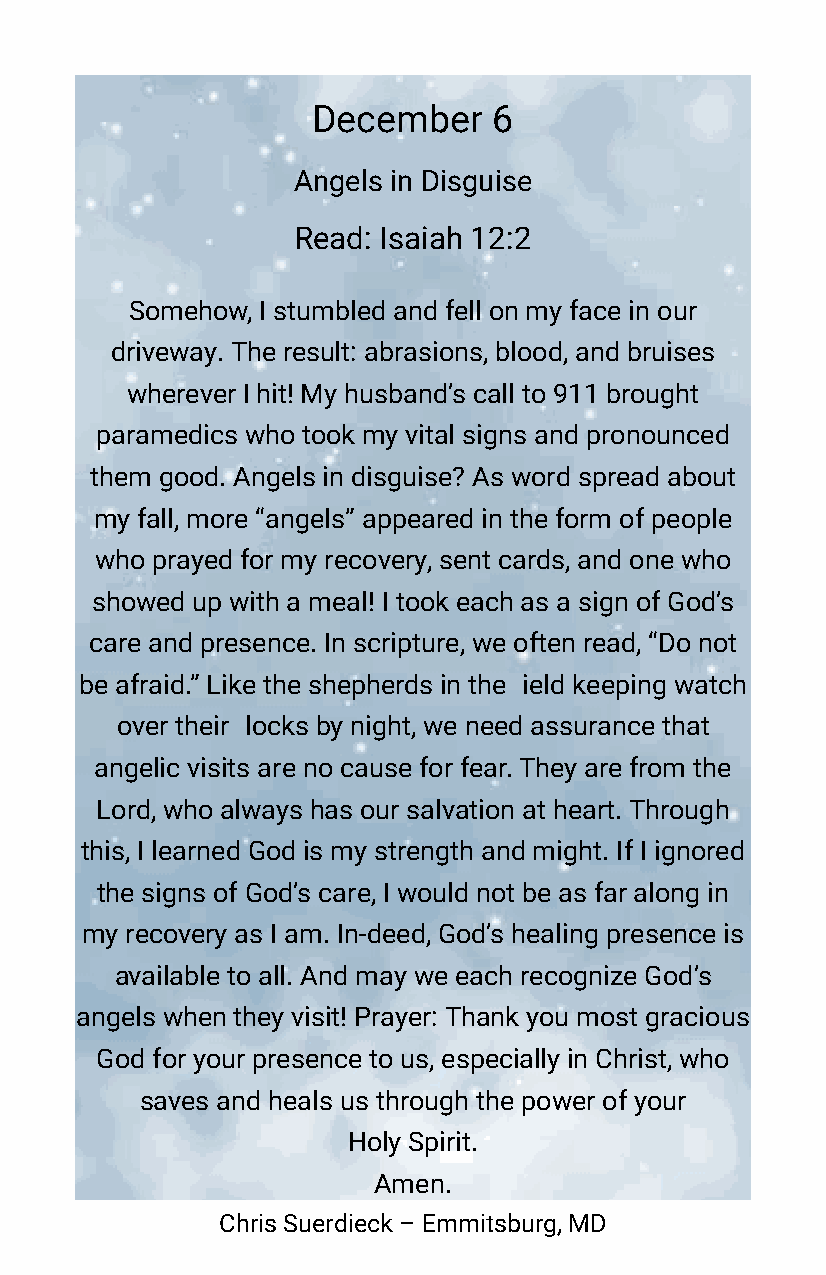
December    6
 Angels in Disguise
 Read: Isaiah 12:2
 Somehow, I stumbled and fell on my face in our
 driveway. The result: abrasions, blood, and bruises
 wherever I hit! My husband’s call to 911 brought
 paramedics who took my vital signs and pronounced
 them good. Angels in disguise? As word spread about
 my fall, more “angels” appeared in the form of people
 who prayed for my recovery, sent cards, and one who
 showed up with a meal! I took each as a sign of God’s
 care and presence. In scripture, we often read, “Do not
 be afraid.” Like the shepherds in the ield keeping watch
 over their locks by night, we need assurance that
 angelic visits are no cause for fear. They are from the
 Lord, who always has our salvation at heart. Through
 this, I learned God is my strength and might. If I ignored
 the signs of God’s care, I would not be as far along in
 my recovery as I am. In-deed, God’s healing presence is
 available to all. And may we each recognize God’s
 angels when they visit! Prayer: Thank you most gracious
 God for your presence to us, especially in Christ, who
 saves and heals us through the power of your
 Holy Spirit.
 Amen.
 Chris Suerdieck – Emmitsburg, MD